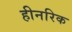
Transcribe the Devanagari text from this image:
हीनरिक